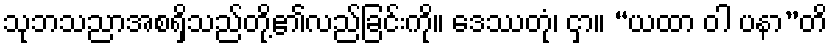
သုဘသညာအစရှိသည်တို့၏လည်ခြင်းကို။ ဒေဿတုံ၊ ငှာ။ “ယထာ ဝါ ပနာ”တိ